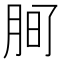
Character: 𭨲